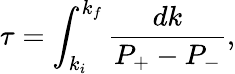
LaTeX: \tau=\int_{k_{i}}^{k_{f}}\frac{dk}{P_{+}-P_{-}},